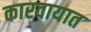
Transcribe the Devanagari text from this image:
कारवायात